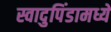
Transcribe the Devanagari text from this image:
स्वादुपिंडामध्ये